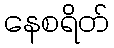
နေစရိတ်